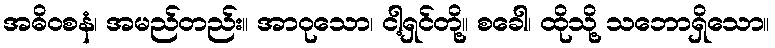
အဓိဝစနံ၊ အမည်တည်း။ အာဝုသော၊ ငါ့ရှင်တို့။ စခေါ၊ ထိုသို့ သဘောရှိသော။